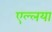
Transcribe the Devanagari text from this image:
एल्लया